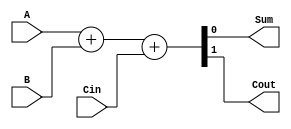
//Implement the Full Adder Using Using Algorithmic Description (Behavioral Level)
module FullAdder(Sum,Cout,A,B,Cin);
	input A,B,Cin;
	output Sum,Cout;
	
	assign {Cout,Sum}=A+B+Cin;//Takes Advantage of Concatenation
endmodule